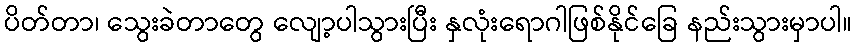
ပိတ်တာ၊ သွေးခဲတာတွေ လျော့ပါသွားပြီး နှလုံးရောဂါဖြစ်နိုင်ခြေ နည်းသွားမှာပါ။